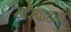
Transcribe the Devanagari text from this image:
खरेपाहता